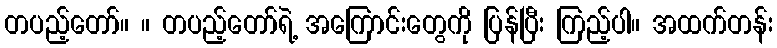
တပည့်တော်။ ။ တပည့်တော်ရဲ့ အကြောင်းတွေကို ပြန်ပြီး ကြည့်ပါ။ အထက်တန်း